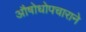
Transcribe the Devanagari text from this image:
औषोधोपचाराने